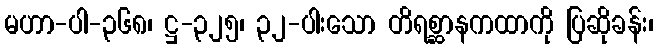
မဟာ-ပါ-၃၆၈၊ ဋ္ဌ-၃၂၅၊ ၃၂-ပါးသော တိရစ္ဆာနကထာကို ပြဆိုခန်း၊